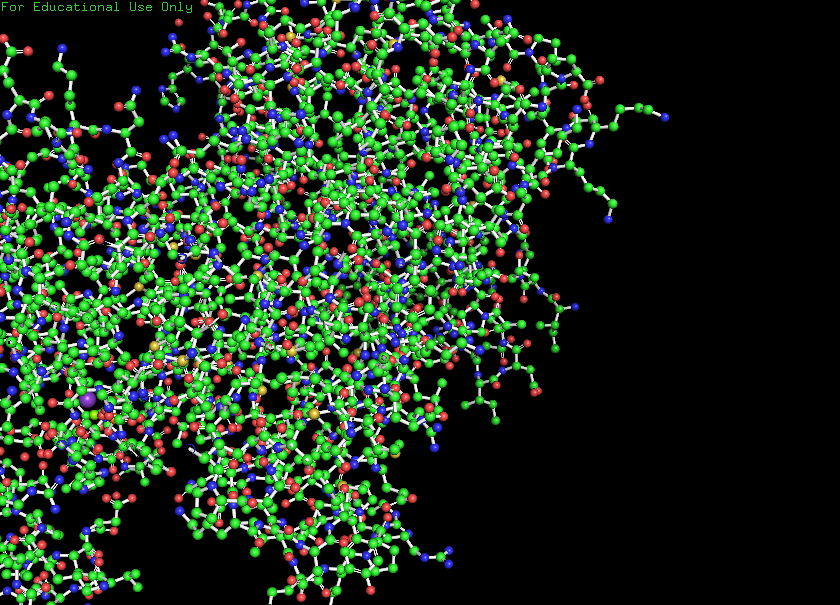
pymol, preset, ball_and_stick